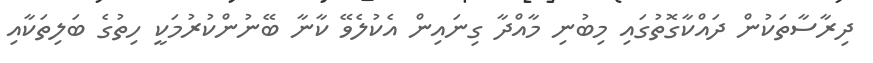
ދިރާސާތަކުން ދައްކާގޮތުގައި މިބުނި މާއްދާ ގިނައިން އެކުލެވޭ ކާނާ ބޭނުންކުރުމަކީ ހިތުގެ ބަލިތަކާއި